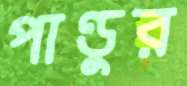
পাণ্ডুর